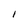
Character: I